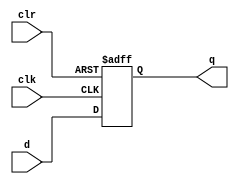
module dff #(parameter WIDTH=1)(
    input clr,clk,
    input [WIDTH-1:0]d,
    output reg [WIDTH-1:0]q
    );

always @(posedge clk, negedge clr) begin
    if(!clr)
        q <= {WIDTH{1'b0}};
    else
        q <= d;
end

endmodule